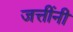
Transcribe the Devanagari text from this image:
जत्तींनी